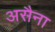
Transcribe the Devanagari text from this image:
असैना